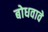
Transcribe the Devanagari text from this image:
बोधवावे